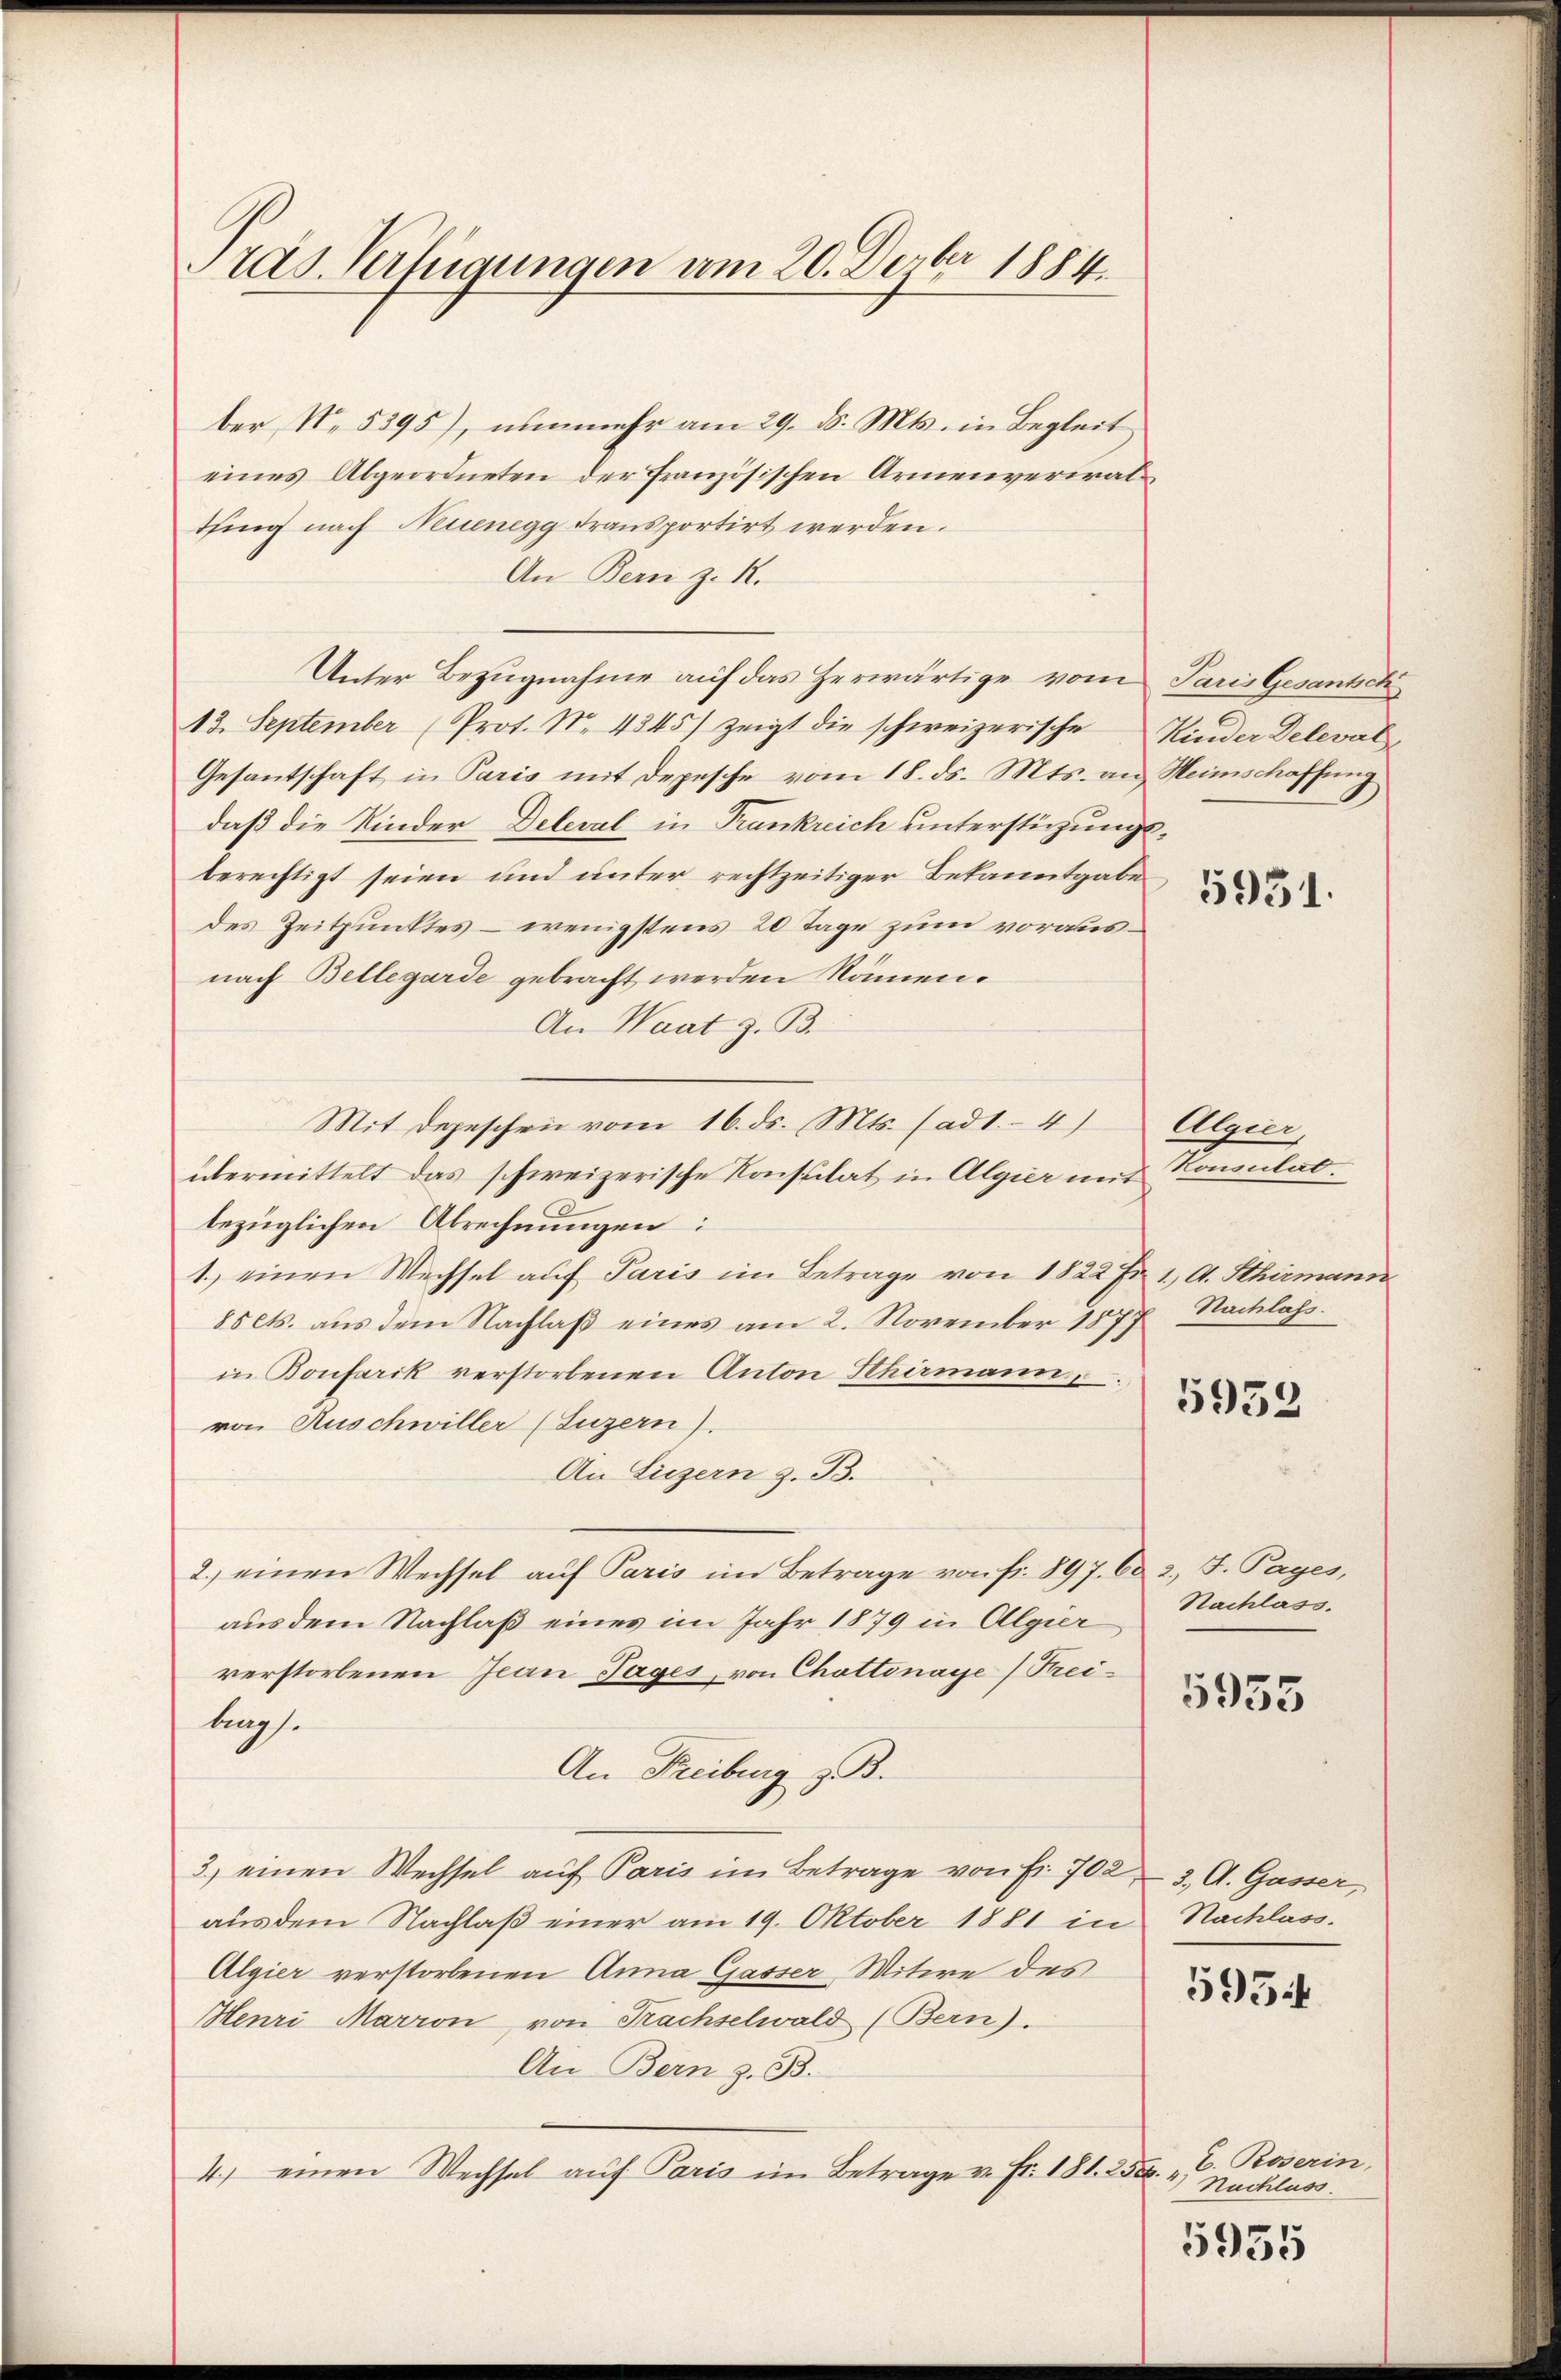
ras. Verfügungen am 20. Dezbr 1884

ber No. 5395), nunmehr am 29. ds. Mts. in Begleit
eines Abgeordneten der französischen Armenverwalthing nach Neuenegg transportirt werden.
An Bern z. R.
Unter Bezugnahme auf das Herwärtige vom Paris Gesansch
13. September (Prot. N. 4345) zeigt die schweizerische Kinder Deleval-
Gesantschaft in Paris mit Depesche vom 18. ds. Mts. an Heimschaffung
daß die Kinder Deleval in Frankreich unterstüzungsberechtigt seien und unter rechtzeitiger Bekanntgabe
des Zeitpunktes – wenigstens 20 Tage zum vorausnach Bellegarde gebracht werden könen.
An Waat z. B.
Mit depeschen vom 16. ds. Mts. (ad1.- 4) Algier,
übermittelt das schweizerische Konsulat in Algier mit Konsulatbezüglichen Abrechnungen:
1. einen Wechsel auf Paris im Betrage von 1822 Fr. 1. A. Schirmann
85 cts. aus dem Nachlaβ eines am 2. November 1877 Nachlass
in Bonfarik verstorbenen Anton Schirmann,
von Auschwiller (Luzern).
An Liezern z. B.
2.) einen Wechsel auf Paris im Betrage von fr. 897. 60 2. F. Pages,
aus dem Nachlaß eines im Jahr 1879 in Algier
verstorbenen Jean Tages, von Chattenaye) Freilings.
An Freiburg z. B.
3.) einen Wechsel auf Paris im Betrage von Fr. 702, 3, A. Gasser,
aus dem Nachlaß einer am 19. Oktober 1881 in Nachlass.
Algier verstorbenen Anna Gasser Witwe des
Henri Marron von Krachselwald (Bern).
An Bern z. B.
4.) einen Wechsel aŭf Paris im Betrage v. Fr. 181. 2550.

5931.

5932

Nachlass.

5935

5954

E. Roserin,
Nachluss.

5955